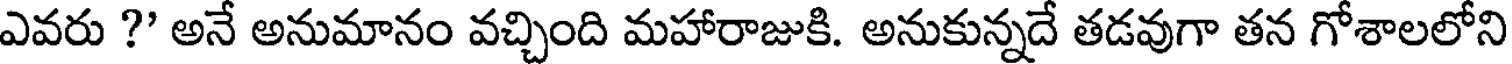
ఎవరు ?' అనే అనుమానం వచ్చింది మహారాజుకి. అనుకున్నదే తడవుగా తన గోశాలలోని